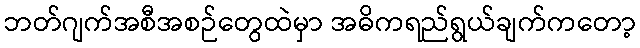
ဘတ်ဂျက်အစီအစဉ်တွေထဲမှာ အဓိကရည်ရွယ်ချက်ကတော့